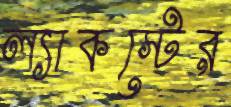
ল্যাকস্টের